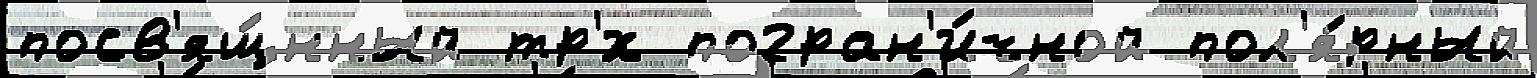
посв'ящ́нный тр'́х погран'и́чной пол'я́рный